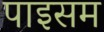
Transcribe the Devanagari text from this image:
पाइसम